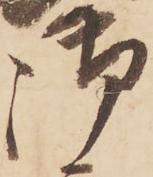
御